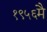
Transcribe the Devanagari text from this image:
१९५६मै